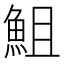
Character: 䱉